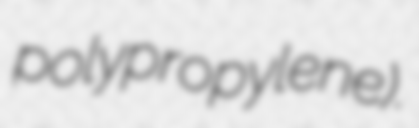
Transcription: polypropylene).